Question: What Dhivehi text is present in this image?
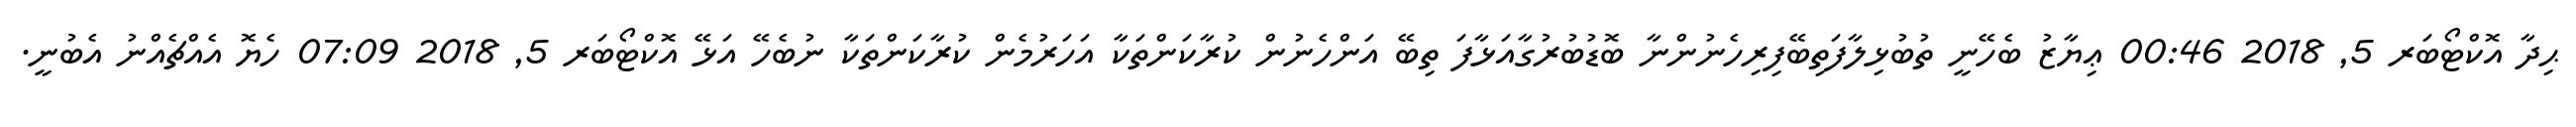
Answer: ޙިދާ އޮކްޓޯބަރ 5, 2018 00:46 ޢިޔާޒު ބެހޭނީ ތުބުޅިލާފަތިބޭފިރިހެނުންނާ ބޮޑުބުރުގާއަޅާފަ ތިބޭ އަންހެނުން ކުރާކަންތަކާ އަހަރުމެން ކުރާކަންތަކާ ނުބެހޭ އަޅޭ އޮކްޓޯބަރ 5, 2018 07:09 ހެޔޮ އެއްޗެއްނު އެބުނީ.